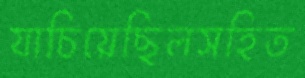
যাচিয়েছিলসহিত